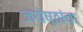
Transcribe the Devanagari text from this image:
ज्येष्ठांचा